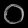
Digit: ၀